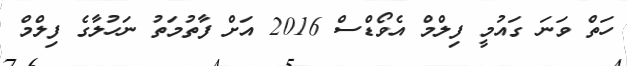
ހަތް ވަނަ ގައުމީ ފިލްމް އެވޯޑްސް 2016 އަށް ފާތުމަތު ނަހުލާގެ ފިލްމް